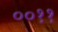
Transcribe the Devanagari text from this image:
००११